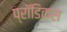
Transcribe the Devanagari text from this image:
प्रॉडिकस